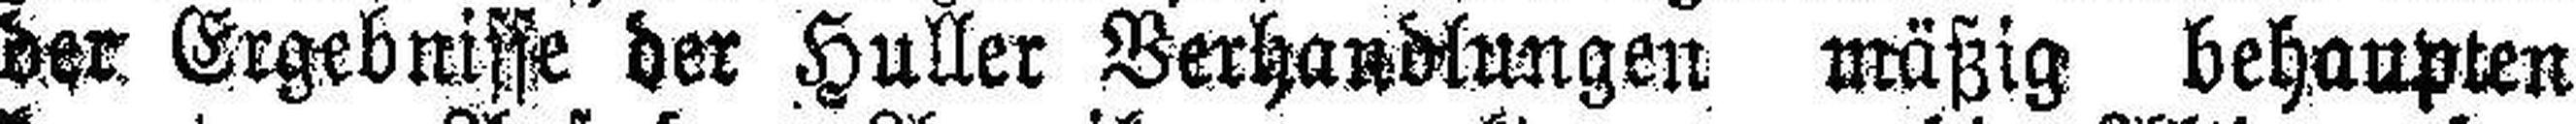
der Ergebnisse der Huller Berhandlungen mäßig behaupten